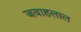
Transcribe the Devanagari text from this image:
जवाहलाल